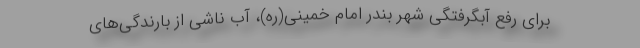
برای رفع آبگرفتگی شهر بندر امام خمینی(ره)، آب ناشی از بارندگی‌های